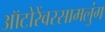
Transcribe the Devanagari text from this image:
ऑटोरेंवरसामलुंग